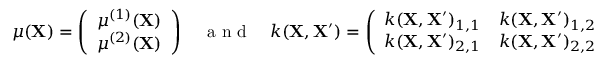
\begin{array} { r } { \mu ( \mathbf { X } ) = \left( \begin{array} { l } { \mu ^ { ( 1 ) } ( \mathbf { X } ) } \\ { \mu ^ { ( 2 ) } ( \mathbf { X } ) } \end{array} \right) \quad \mathrm { ~ a ~ n ~ d ~ } \quad k ( \mathbf { X } , \mathbf { X ^ { \prime } } ) = \left( \begin{array} { l l } { k ( \mathbf { X } , \mathbf { X ^ { \prime } } ) _ { 1 , 1 } } & { k ( \mathbf { X } , \mathbf { X ^ { \prime } } ) _ { 1 , 2 } } \\ { k ( \mathbf { X } , \mathbf { X ^ { \prime } } ) _ { 2 , 1 } } & { k ( \mathbf { X } , \mathbf { X ^ { \prime } } ) _ { 2 , 2 } } \end{array} \right) } \end{array}